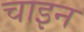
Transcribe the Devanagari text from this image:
चाइन